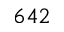
6 4 2